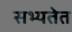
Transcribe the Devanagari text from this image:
सभ्यतेत